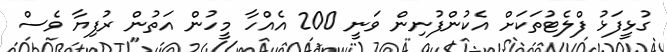
ގުޅީފަޅު ފްލެޓުތަކަށް އެކުންފުނިން ވަނީ 200 އެއްހާ މީހުން އަތުން ރުފިޔާ ވެސް